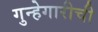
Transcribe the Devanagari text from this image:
गुन्हेगारीची